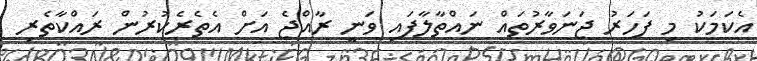
އެކަމަކު މި ފަހަރު ޖަނަވާރުތައް ނައްތާލާފައި ވަނީ ރާއްޖެ އަށް އެތެރެކުރުން ރައްކާތެރި